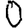
Digit: 0